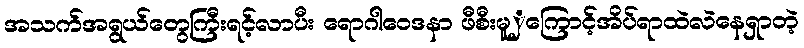
အသက်အရွယ်တွေကြီးရင့်လာပီး ရောဂါဝေဒနာ ဖီစီးမူှကြောင့်အိပ်ရာထဲလဲနေရှာတဲ့